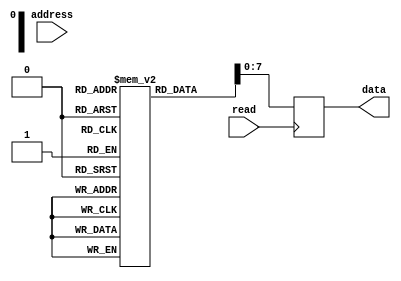
module FlashROM (
    input wire [7:0] address,
    input wire read,
    output reg [7:0] data
);

parameter NUM_ROWS = 16;
parameter NUM_COLS = 32;
parameter BITS_PER_BLOCK = 8;

reg [NUM_COLS-1:0] mem [NUM_ROWS-1:0][BITS_PER_BLOCK-1:0];
reg [NUM_ROWS-1:0] selected_row;
reg [BITS_PER_BLOCK-1:0] selected_data;

always @ (posedge read)
begin
    selected_row <= address[NUM_ROWS-1:0];
    selected_data <= mem[selected_row][address[NUM_COLS-1:0]];
end

assign data = selected_data;

endmodule